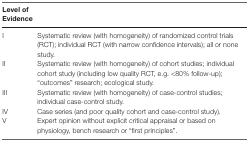
<table><thead><tr><td><b>Level of Evidence</b></td><td></td></tr></thead><tbody><tr><td>I</td><td>Systematic review (with homogeneity) of randomized control trials (RCT); individual RCT (with narrow confidence intervals); all or none study.</td></tr><tr><td>II</td><td>Systematic review (with homogeneity) of cohort studies; individual cohort study (including low quality RCT, e.g. &lt;80% follow-up); “outcomes” research; ecological study.</td></tr><tr><td>III</td><td>Systematic review (with homogeneity) of case-control studies; individual case-control study.</td></tr><tr><td>IV</td><td>Case series (and poor quality cohort and case-control study).</td></tr><tr><td>V</td><td>Expert opinion without explicit critical appraisal or based on physiology, bench research or “first principles”.</td></tr></tbody></table>